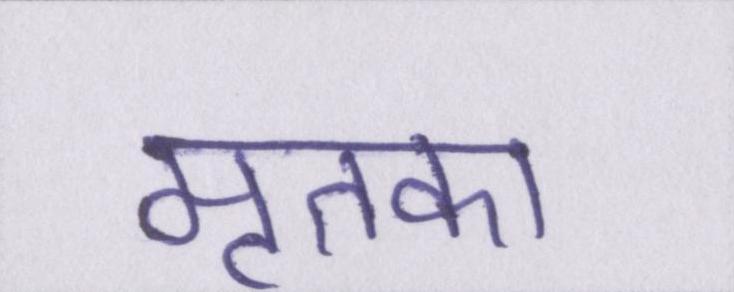
मृतका